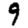
Digit: 9